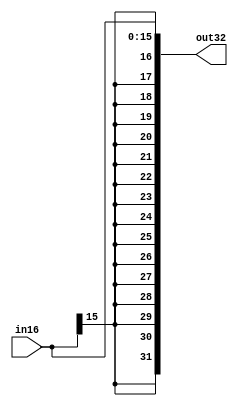
`timescale 1ns / 1ps
//////////////////////////////////////////////////////////////////////////////////
// Company: 
// Engineer: 
// 
// Design Name: 
// Module Name: sign_extend
// Project Name: 
// Target Devices: 
// Tool Versions: 
// Description: 
// 
// Dependencies: 
// 
// Revision:
// Revision 0.01 - File Created
// Additional Comments:
// 
//////////////////////////////////////////////////////////////////////////////////


module sign_extend(
out32,
in16
);

output [31:0] out32;
input [15:0] in16;

assign out32 = {{16{in16[15]}},in16};

endmodule